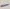
Text: -